255_413270_UFO's_and_Defense_What_Should_we_Prepare_For
Agency: NASA
Page 74
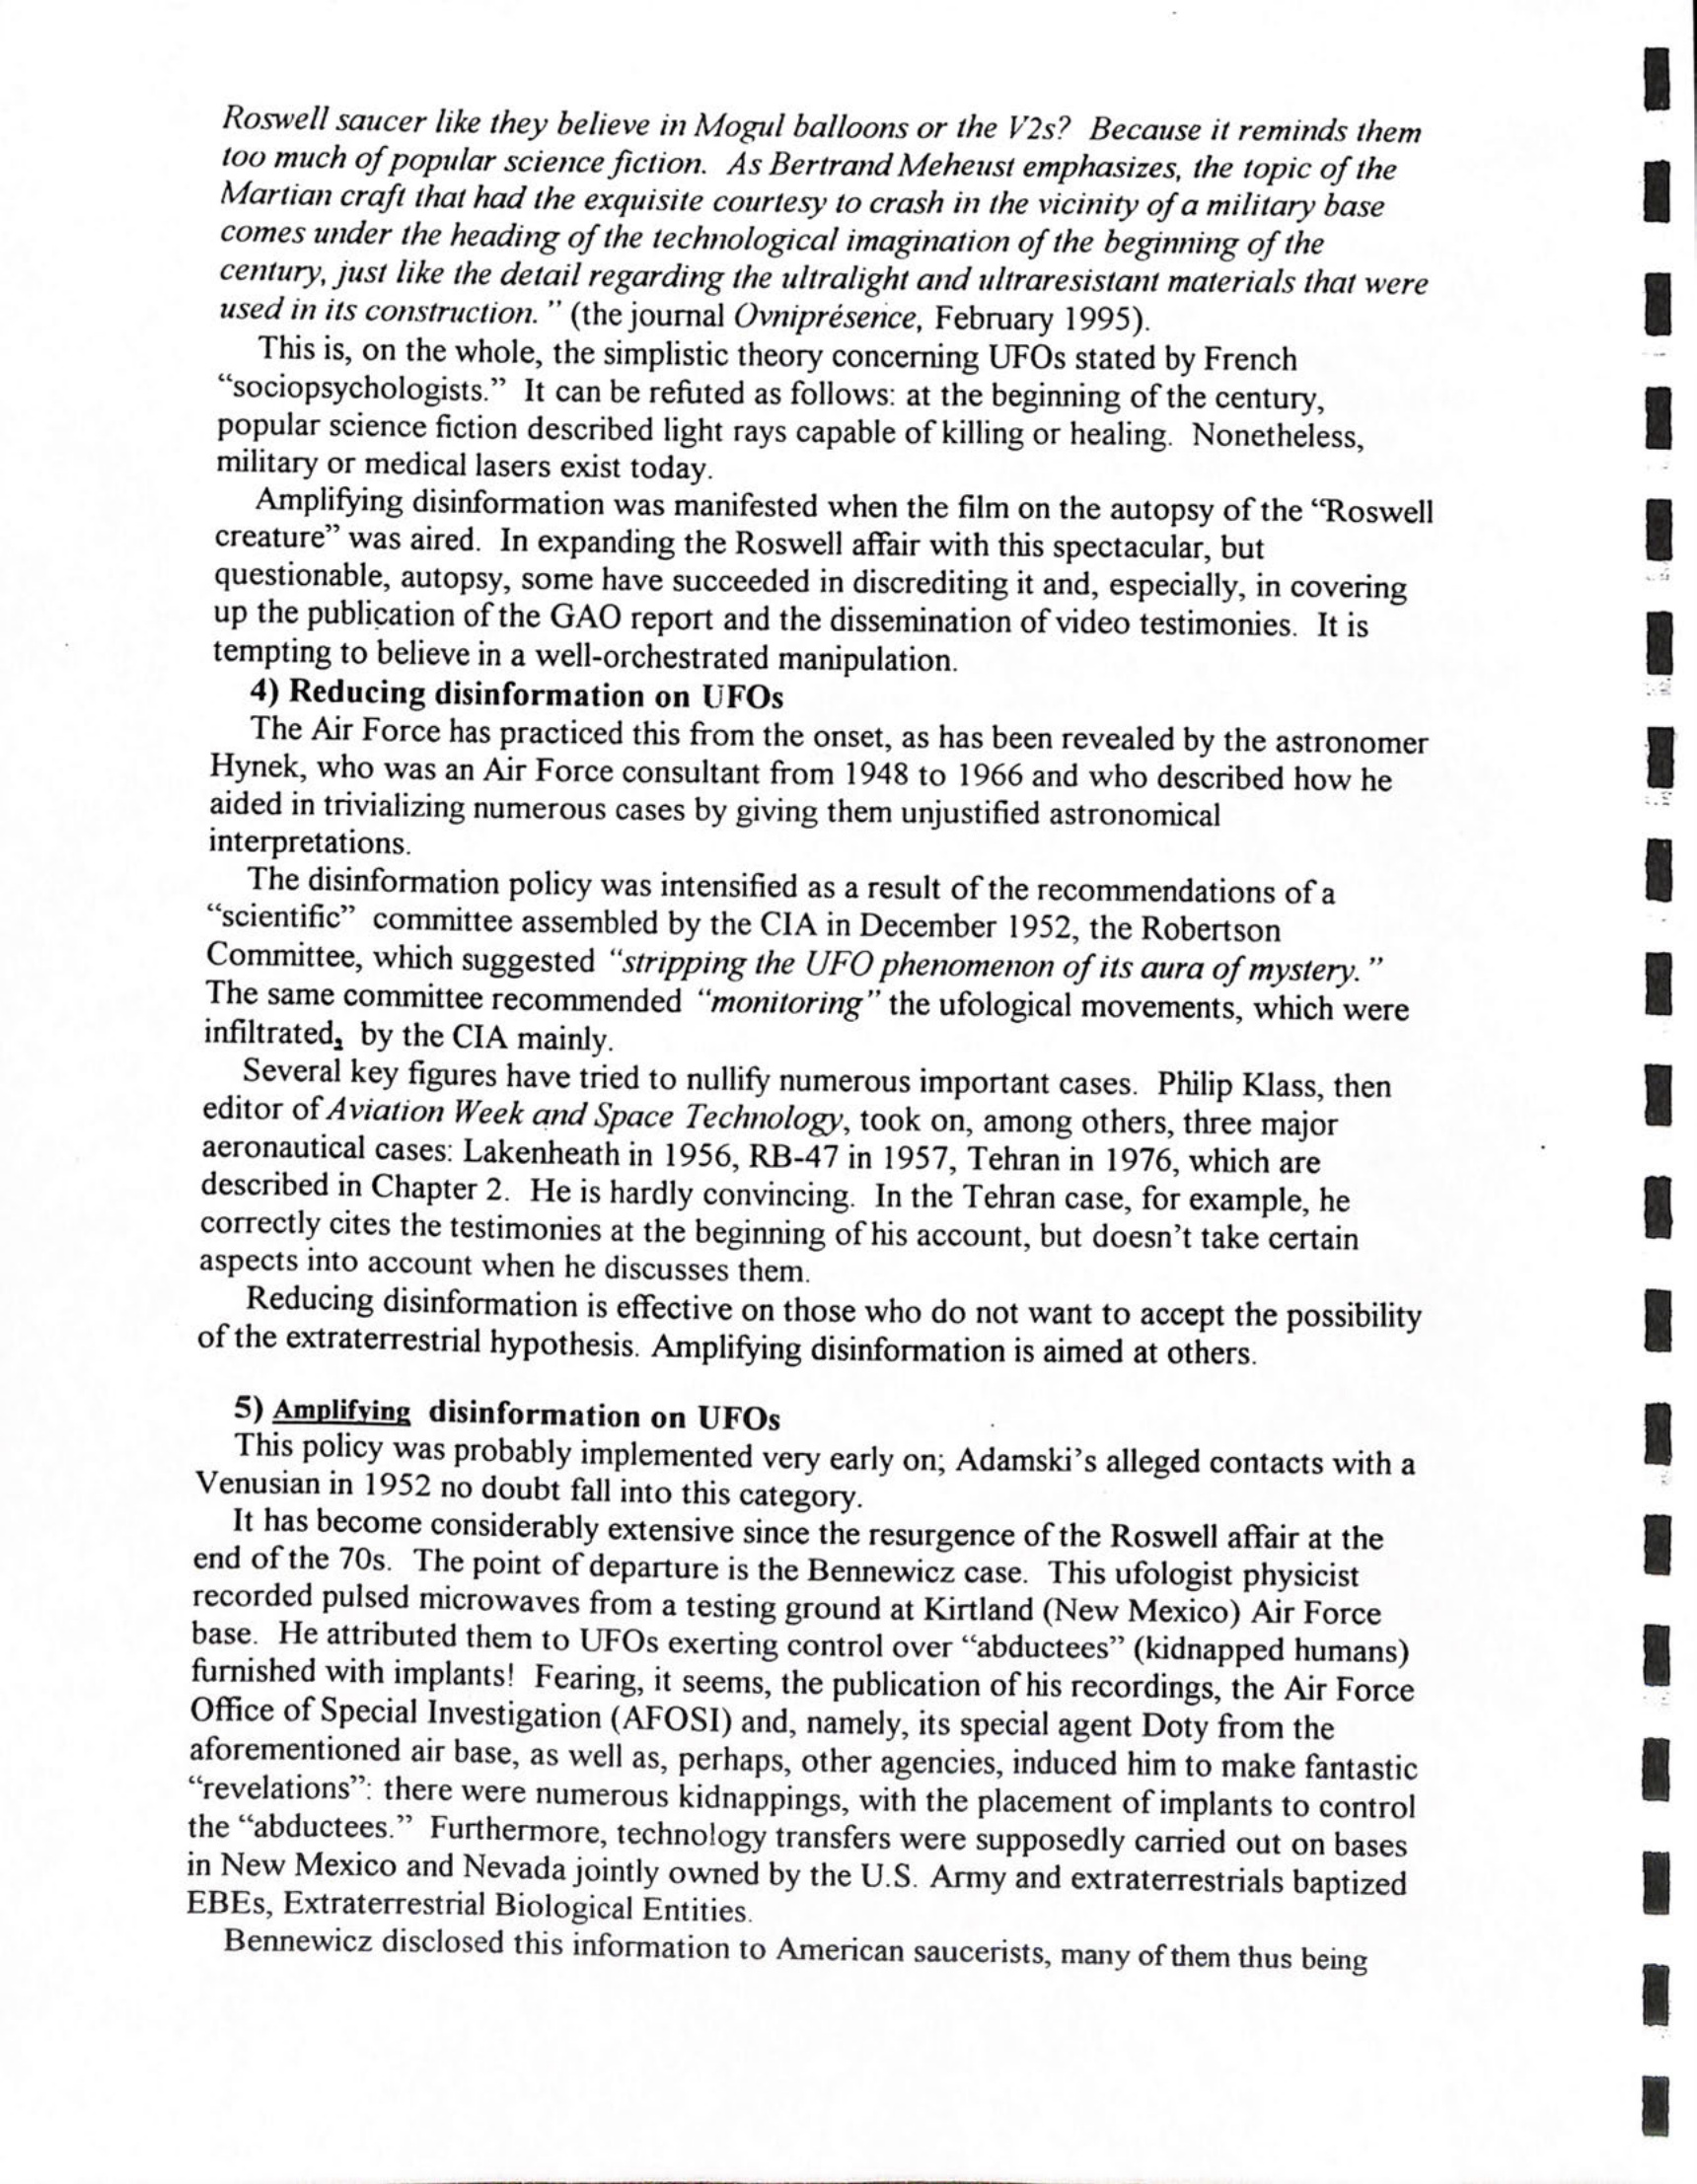